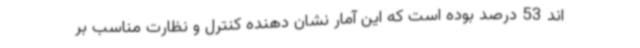
اند 53 درصد بوده است که این آمار نشان دهنده کنترل و نظارت مناسب بر